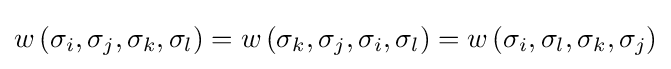
w\left(\sigma _{i},\sigma _{j},\sigma _{k},\sigma _{l}\right)=w\left(\sigma _{k},\sigma _{j},\sigma _{i},\sigma _{l}\right)=w\left(\sigma _{i},\sigma _{l},\sigma _{k},\sigma _{j}\right)